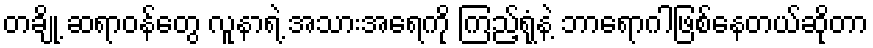
တချို့ ဆရာဝန်တွေ လူနာရဲ့ အသားအရေကို ကြည့်ရုံနဲ့ ဘာရောဂါဖြစ်နေတယ်ဆိုတာ